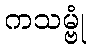
ကသမ္ဗုံ